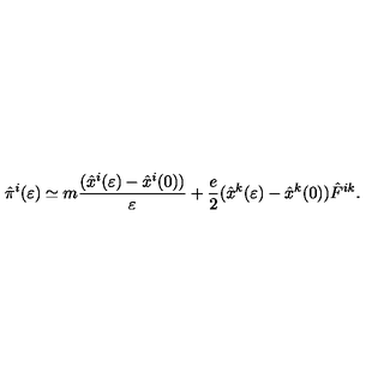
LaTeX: { \hat { \pi } } ^ { i } ( \varepsilon ) \simeq m { \frac { ( { \hat { x } } ^ { i } ( \varepsilon ) - { \hat { x } } ^ { i } ( 0 ) ) } { \varepsilon } } + { \frac { e } { 2 } } ( { \hat { x } } ^ { k } ( \varepsilon ) - { \hat { x } } ^ { k } ( 0 ) ) { \hat { F } } ^ { i k } .